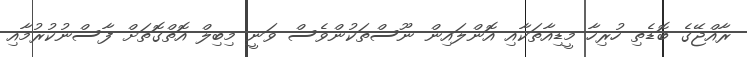
ރާއްޖޭގެ ބޮޑެތި ހުރިހާ މީޑިއާތަކާއި އޮންލައިން ނޫސްތަކުންވެސް ވަނީ މިބިލް އޮތްގޮތަށް ފާސްނުކުރުމާއި